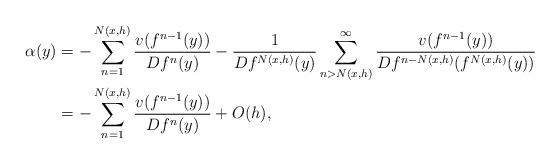
LaTeX: \begin{align*}\alpha(y) &= -\sum_{n=1}^{N(x,h)}\frac{v(f^{n-1}(y))}{Df^n(y)} -\frac{1}{Df^{N(x,h)}(y)} \sum_{n> N(x,h)}^{\infty}\frac{v(f^{n-1}(y))}{Df^{n-N(x,h)}(f^{N(x,h)}(y))} \\&= -\sum_{n=1}^{N(x,h)}\frac{v(f^{n-1}(y))}{Df^n(y)} + O(h),\end{align*}